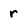
Character: r